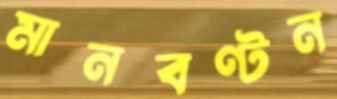
মানবণ্টন